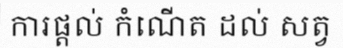
ការផ្តល់ កំណើត ដល់ សត្វ